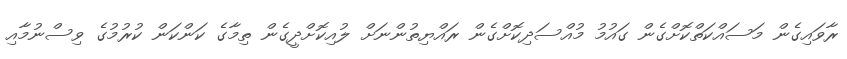
ރާވައިގެން މަސައްކަތްކޮށްގެން ގައުމު މުއްސަދިކޮށްގެން ރައްޔިތުންނަށް ލުއިކޮށްދީގެން ތިމާގެ ކަންކަން ކުރުމުގެ ވިސްނުމާއި